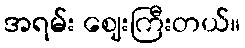
အရမ်း ဈေးကြီးတယ်။